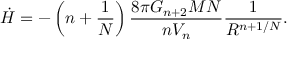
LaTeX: \dot { H } = - \left( n + \frac { 1 } { N } \right) \frac { 8 \pi G _ { n + 2 } M N } { n V _ { n } } \frac { 1 } { R ^ { n + 1 / N } } .